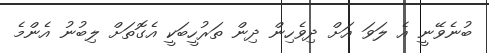
ބުނެވޭނީ އެ ލަވަ އަށް ދިވެހިން ދިން ތަރުހީބަކީ އެގޮތަށް ލިބުނު އެންމެ